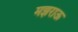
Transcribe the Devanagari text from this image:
मझराऊ